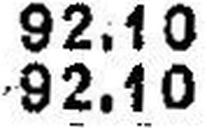
92.10